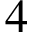
4